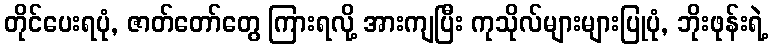
တိုင်ပေးရပုံ, ဇာတ်တော်တွေ ကြားရလို့ အားကျပြီး ကုသိုလ်များများပြုပုံ, ဘိုးဖုန်းရဲ့